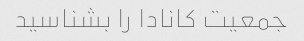
جمعیت کانادا را بشناسید